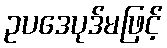
ဥပဒေပုဒ်မဖြင့်